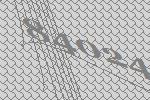
84024